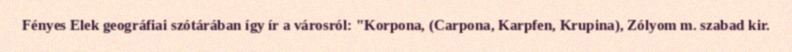
Fényes Elek geográfiai szótárában így ír a városról: "Korpona, (Carpona, Karpfen, Krupina), Zólyom m. szabad kir.